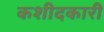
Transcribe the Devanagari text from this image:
कशीदकारी